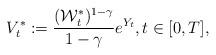
LaTeX: \begin{align*} V^*_t := \frac{(\mathcal{W}^*_t)^{1-\gamma}}{1-\gamma} e^{Y_t}, t\in[0,T],\end{align*}